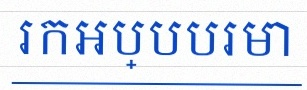
រកអប្បបរមា